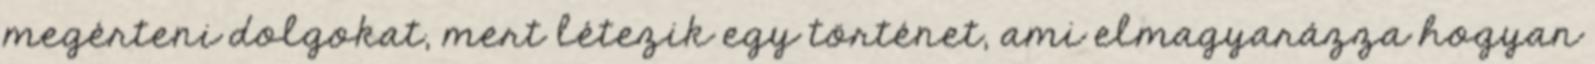
megérteni dolgokat, mert létezik egy történet, ami elmagyarázza hogyan